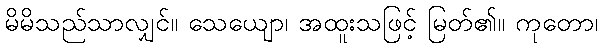
မိမိသည်သာလျှင်။ သေယျော၊ အထူးသဖြင့် မြတ်၏။ ကုတော၊